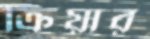
ক্রিয়ার